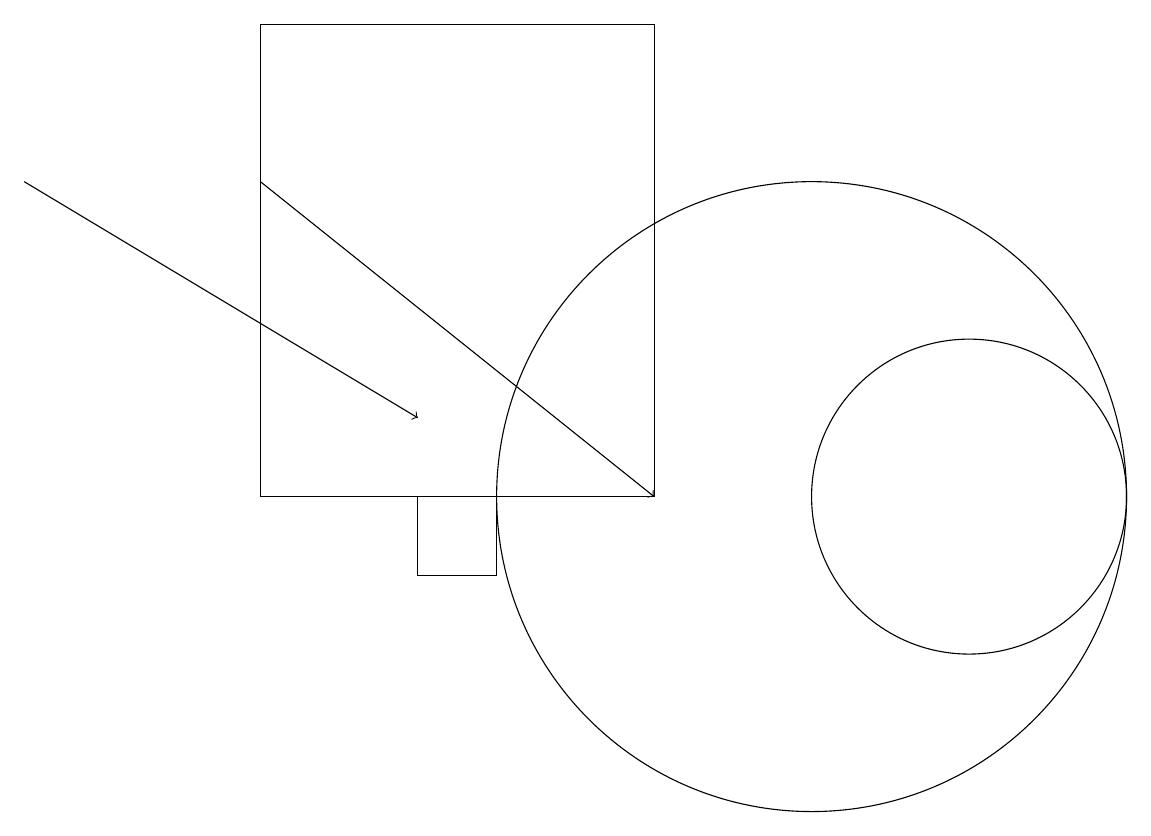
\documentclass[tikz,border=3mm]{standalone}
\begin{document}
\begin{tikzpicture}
\draw[->] (3,15) -- (8,11);
\draw (8,17) rectangle (3,11);
\draw (5,11) rectangle (6,10);
\draw[->] (0,15) -- (5,12);
\draw (12,11) circle (2);
\draw (10,11) circle (4);
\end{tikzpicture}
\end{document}